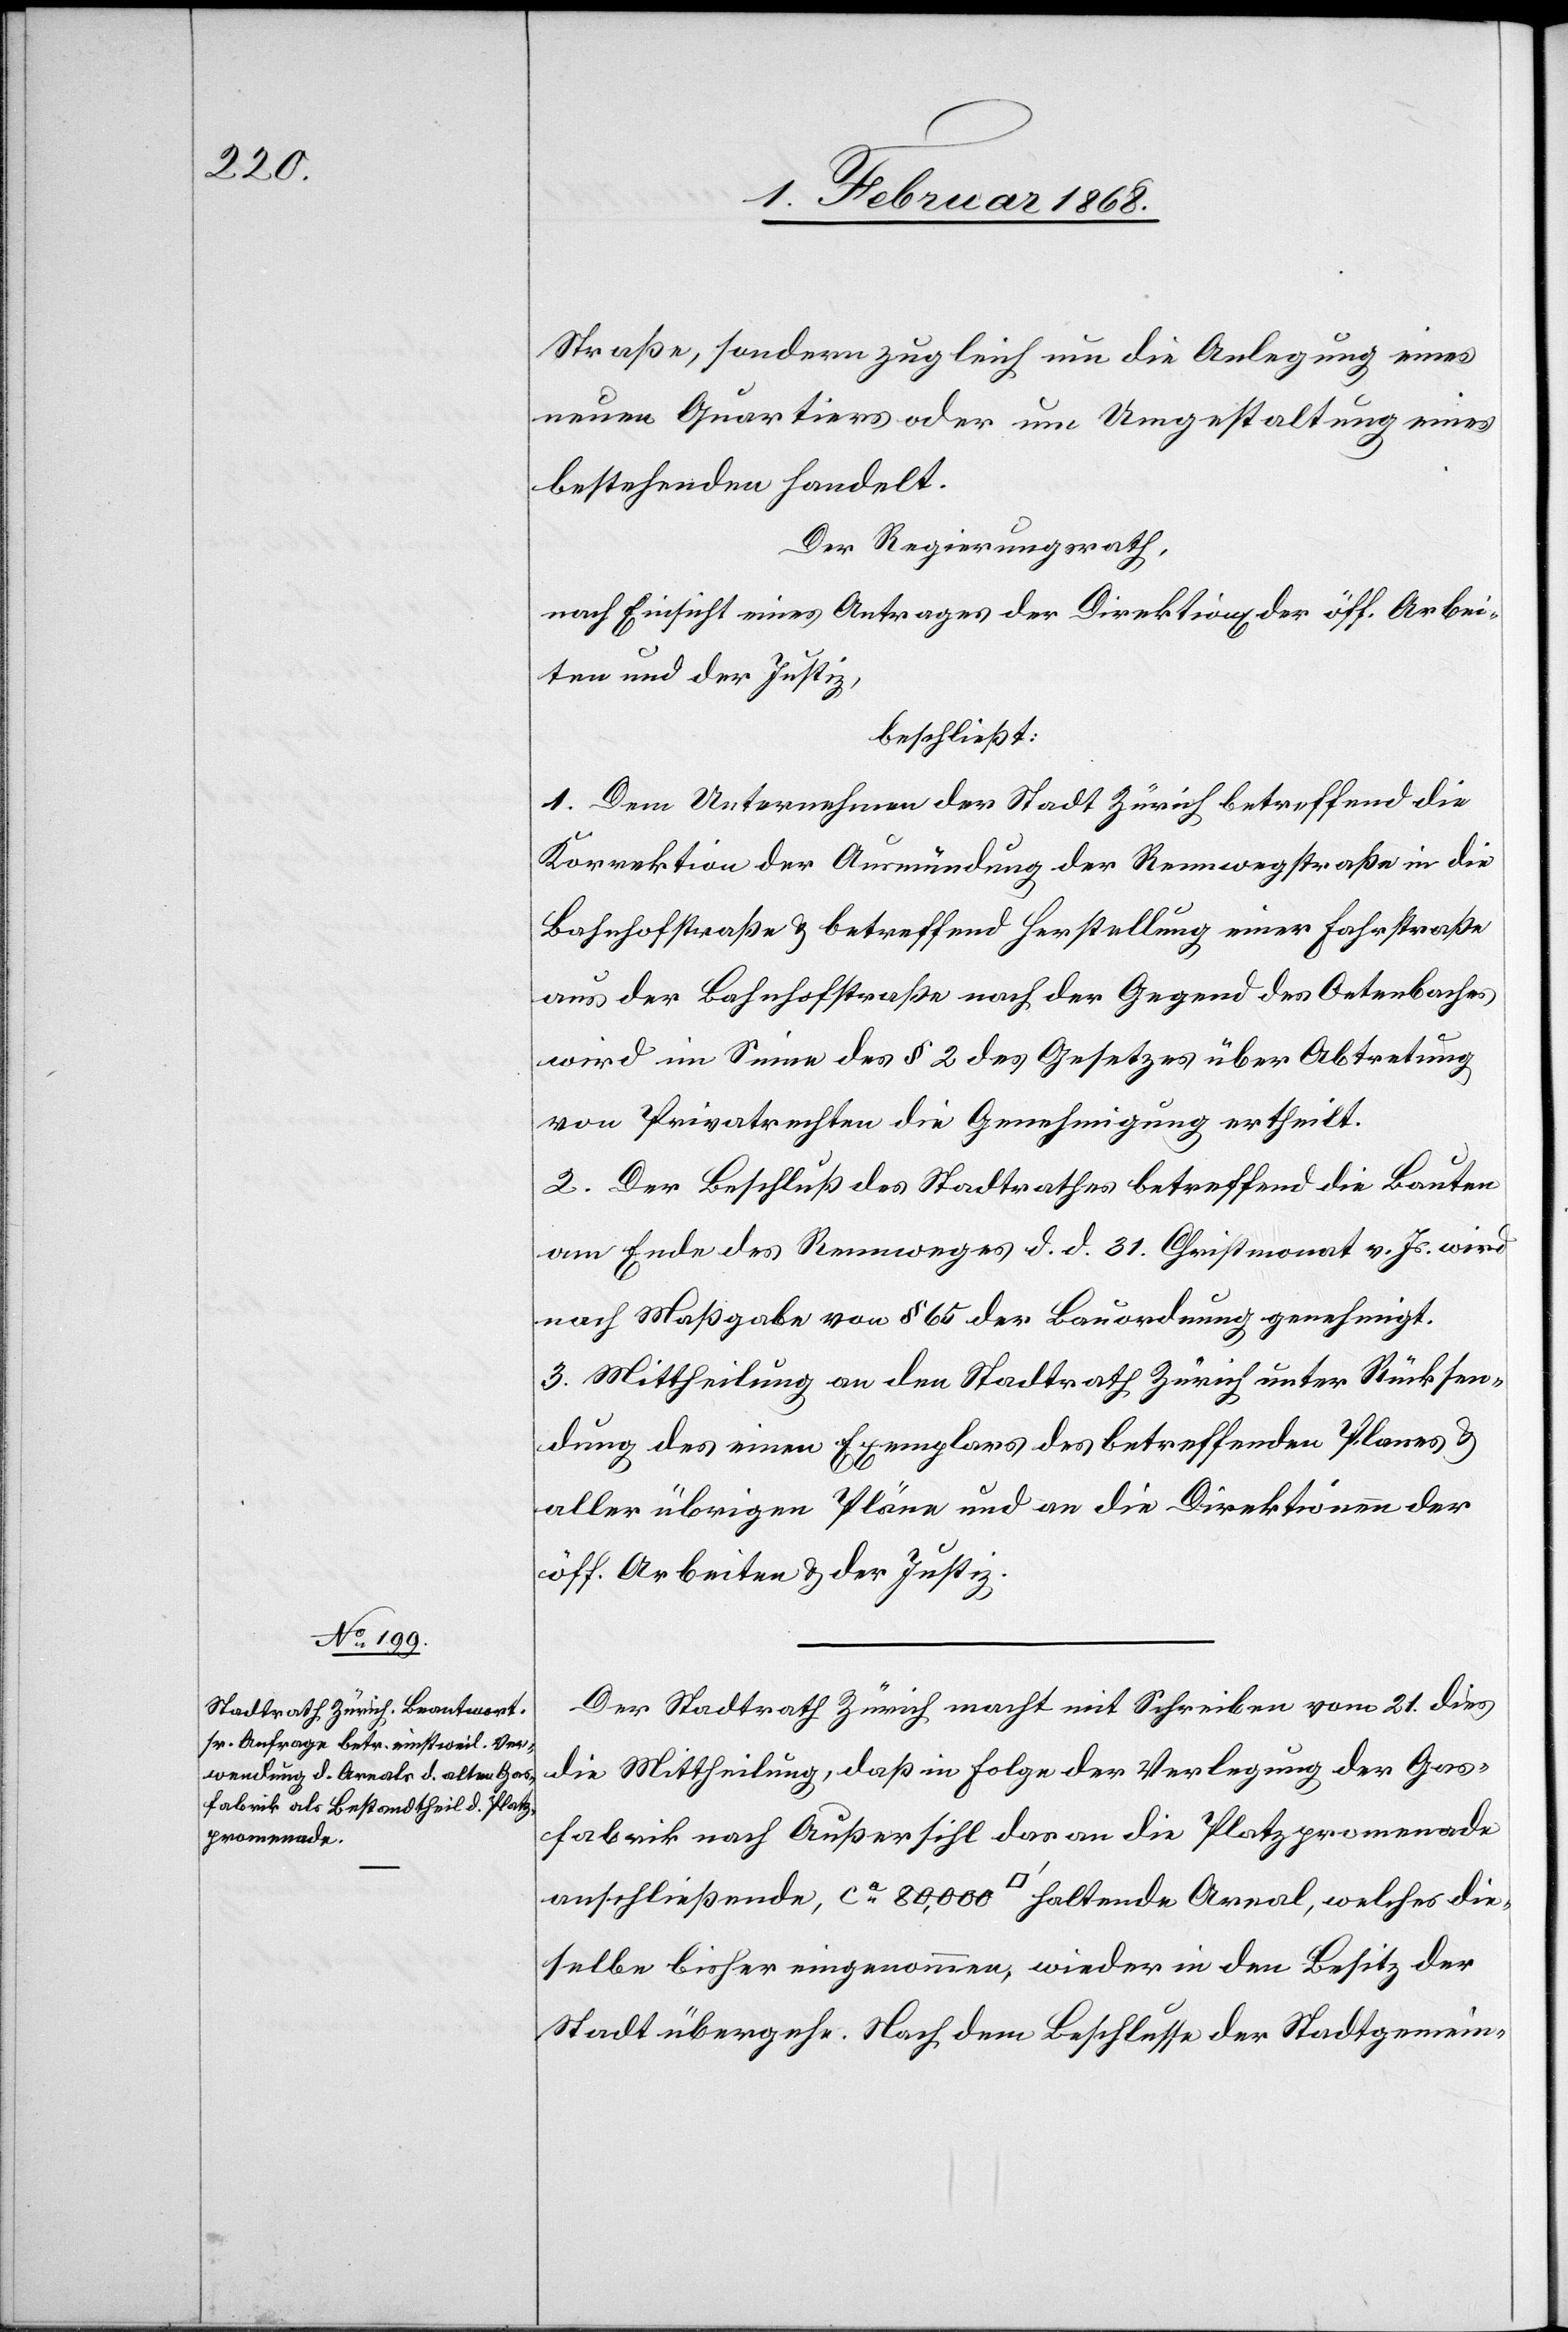
Straße, sondern zugleich um die Anlegung eines
neuen Quartiers oder um Umgestaltung eines
bestehenden handelt.
Der Regierungsrath,
nach Einsicht eines Antrages der Direktion[en] der öff. Arbei¬
ten und der Justiz,
beschließt:
1. Dem Unternehmen der Stadt Zürich betreffend die
Korrektion der Ausmündung der Rennwegstraße in die
Bahnhofstraße & betreffend Herstellung einer Fahrstraße
aus der Bahnhofstraße nach der Gegend des Oetenbaches
wird im Sinne des § 2 des Gesetzes über Abtretung
von Privatrechten die Genehmigung ertheilt.
2. Der Beschluß des Stadtrathes betreffend die Bauten
am Ende des Rennweges d. d. 31. Christmonat v. Js. wird
nach Maßgabe von § 65 der Bauordnung genehmigt.
3. Mittheilung an den Stadtrath Zürich unter Rücksen¬
dung des einen Exemplars des betreffenden Planes &
aller übrigen Pläne und an die Direktionen der
öff. Arbeiten & der Justiz.
Der Stadtrath Zürich macht mit Schreiben vom 21. dies
die Mittheilung, daß in Folge der Verlegung der Gas¬
fabrik nach Außersihl das an die Platzpromenade
anschließende, ca. 80,000 [Quadratfuß] haltende Areal, welches die¬
selbe bisher eingenommen, wieder in den Besitz der
Stadt übergehe. Nach dem Beschlusse der Stadtgemein-